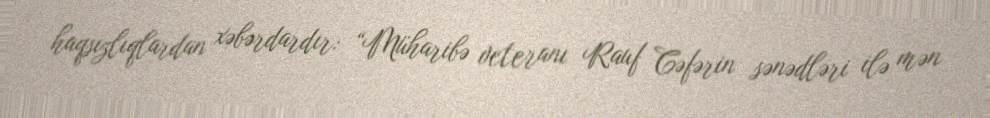
haqsızlıqlardan xəbərdardır: “Müharibə veteranı Rauf Cəfərin sənədləri ilə mən